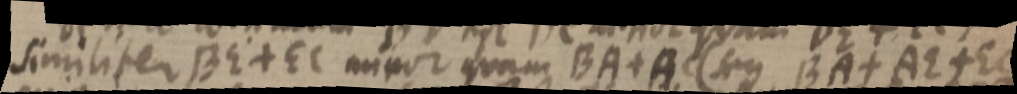
similiter BE + EC minor quam BA + BC (seu BA + AE + EC